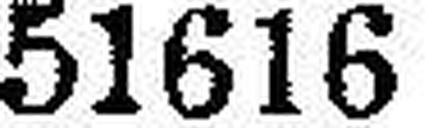
51616